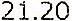
21.20